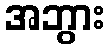
အဘွား